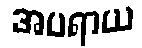
အပရာယ